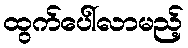
ထွက်ပေါ်လာမည့်